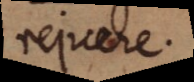
rejuere.